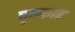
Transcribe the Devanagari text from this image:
पृष्ठकार